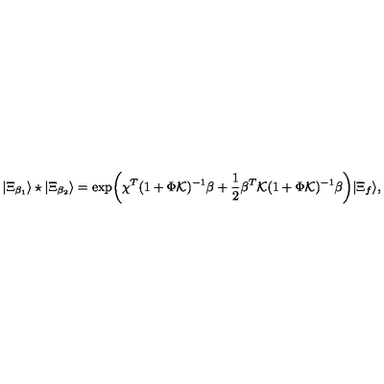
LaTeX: | \Xi _ { \beta _ { 1 } } \rangle \star | \Xi _ { \beta _ { 2 } } \rangle = \exp \biggl ( \chi ^ { T } ( 1 + \Phi { \cal K } ) ^ { - 1 } \beta + { \frac { 1 } { 2 } } \beta ^ { T } { \cal K } ( 1 + \Phi { \cal K } ) ^ { - 1 } \beta \biggr ) | \Xi _ { f } \rangle ,